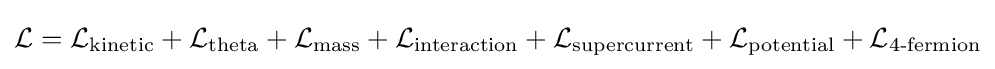
{\mathcal {L}}={\mathcal {L}}_{\text{kinetic}}+{\mathcal {L}}_{\text{theta}}+{\mathcal {L}}_{\text{mass}}+{\mathcal {L}}_{\text{interaction}}+{\mathcal {L}}_{\text{supercurrent}}+{\mathcal {L}}_{\text{potential}}+{\mathcal {L}}_{\text{4-fermion}}